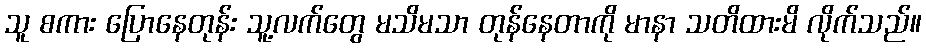
သူ စကား ပြောနေတုန်း သူ့လက်တွေ မသိမသာ တုန်နေတာကို မာနာ သတိထားမိ လိုက်သည်။